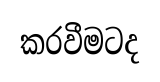
කරවීමටද